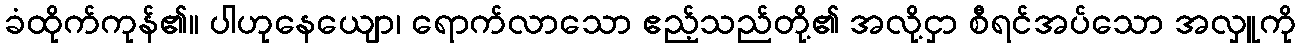
ခံထိုက်ကုန်၏။ ပါဟုနေယျော၊ ရောက်လာသော ဧည့်သည်တို့၏ အလို့ငှာ စီရင်အပ်သော အလှူကို